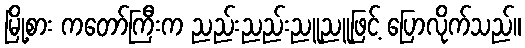
မြို့စား ကတော်ကြီးက ညည်းညည်းညူညူဖြင့် ပြောလိုက်သည်။